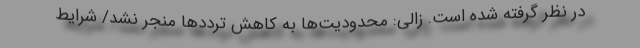
در نظر گرفته شده است. زالی: محدودیت‌ها به کاهش ترددها منجر نشد/ شرایط